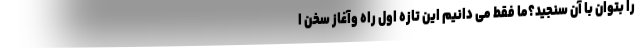
را بتوان با آن سنجید؟ما فقط می دانیم این تازه اول راه وآغاز سخن ا